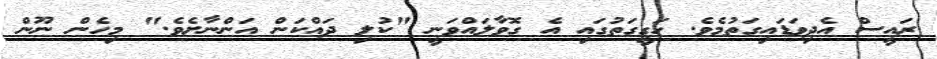
ރައީސް އެދިވަޑައިގަތުމެވެ. ހަގީގަތުގައި އެ ގޮވާލައްވަނީ "ކުލި ދައްކަން އަންނާށެވެ." މިހެން ނޫން